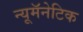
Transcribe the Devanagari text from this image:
न्यूमॅनेटिक